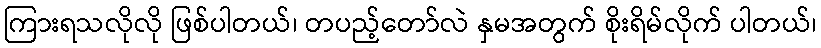
ကြားရသလိုလို ဖြစ်ပါတယ်၊ တပည့်တော်လဲ နှမအတွက် စိုးရိမ်လိုက် ပါတယ်၊